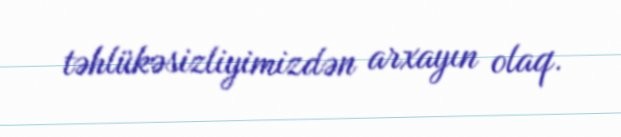
təhlükəsizliyimizdən arxayın olaq.